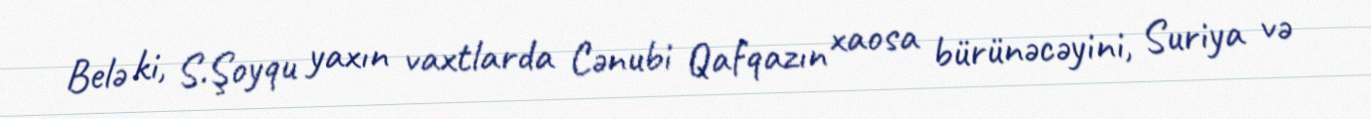
Belə ki, S.Şoyqu yaxın vaxtlarda Cənubi Qafqazın xaosa bürünəcəyini, Suriya və